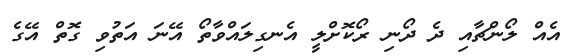
އެއް ލޯންޗާއި ދެ ދޯނި ރޯކޮށްލީ އެނގިލައްވާތޯ އޭނަ އަތުވި ގޮތް އޭގެ